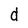
Character: d